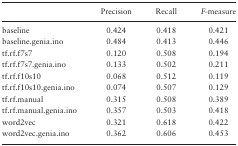
<table><thead><tr><td></td><td><b>Precision</b></td><td><b>Recall</b></td><td><b><i>F</i>-measure</b></td></tr></thead><tbody><tr><td>baseline</td><td>0.424</td><td>0.418</td><td>0.421</td></tr><tr><td>baseline.genia.ino</td><td>0.484</td><td>0.413</td><td>0.446</td></tr><tr><td>tf.rf.f7s7</td><td>0.120</td><td>0.508</td><td>0.194</td></tr><tr><td>tf.rf.f7s7.genia.ino</td><td>0.133</td><td>0.502</td><td>0.211</td></tr><tr><td>tf.rf.f10s10</td><td>0.068</td><td>0.512</td><td>0.119</td></tr><tr><td>tf.rf.f10s10.genia.ino</td><td>0.074</td><td>0.507</td><td>0.129</td></tr><tr><td>tf.rf.manual</td><td>0.315</td><td>0.508</td><td>0.389</td></tr><tr><td>tf.rf.manual.genia.ino</td><td>0.357</td><td>0.503</td><td>0.418</td></tr><tr><td>word2vec</td><td>0.321</td><td>0.618</td><td>0.422</td></tr><tr><td>word2vec.genia.ino</td><td>0.362</td><td>0.606</td><td>0.453</td></tr></tbody></table>